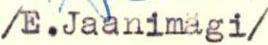
/E.Jaanimägi/